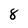
Character: 8